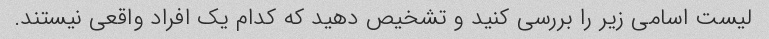
لیست اسامی زیر را بررسی کنید و تشخیص دهید که کدام یک افراد واقعی نیستند.